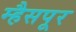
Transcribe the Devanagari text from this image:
म्हैसपूर